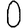
Digit: 0